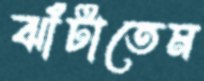
ঝাঁটাতেম